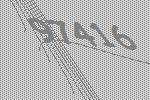
97416